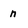
Character: n